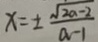
x = \pm \frac { \sqrt { 2 a - 2 } } { a - 1 }